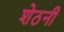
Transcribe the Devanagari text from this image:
शेठनी